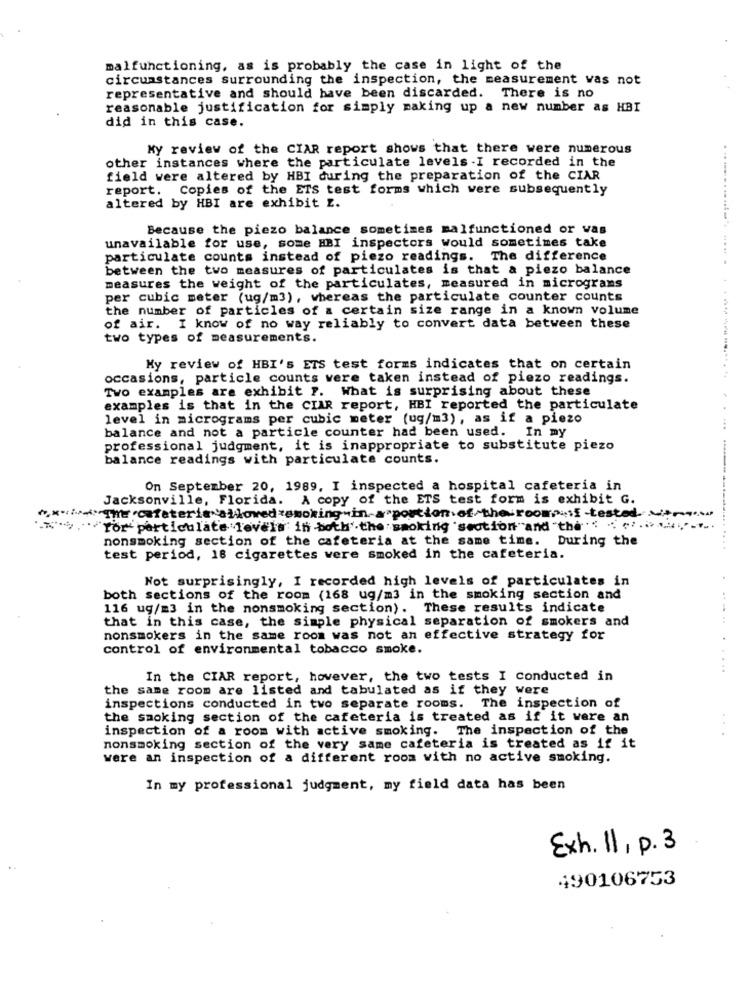
malfunctioning, as is probably the case in light of the
circumstances surrounding the inspection, the measurement vas not
representative and should have been discarded. There is no
reasonable justification for simply making up a new number as HBI
did in this case.
My review of the CIAR report shows that there were numerous
other instances where the particulate levels .I recorded in the
field were altered by HBI during the preparation of the CIAR
report. Copies of the ETS test forms which were subsequently
altered by HBI are exhibit z.
Because the piezo balance sometimes malfunctioned or vas
unavailable for use, some HBI inspectors would sometimes take
particulate counts instead of piezo readings. The difference
between the two measures of particulates is that a piezo balance
measures the weight of the particulates, measured in micrograms
per cubic meter (ug/m3), whereas the particulate counter counts
the number of particles of a certain size range in a known volume
of air. I know of no way reliably to convert data between these
two types of measurements.
My review of HBI's ETS test forms indicates that on certain
occasions, particle counts were taken instead of piezo readings.
Two examples are exhibit ?. What is surprising about these
examples is that in the CIAR report, HBI reported the particulate
level in micrograms per cubic meter (ug/=3), as if a piezo
balance and not a particle counter had been used. In my
.....
professional judgment, it is inappropriate to substitute piezo
balance readings with particulate counts.
On September 20, 1989, I inspected a hospital cafeteria in
Jacksonville, Florida. A copy of the ETS test form is exhibit G.
","qcafeteria"allowed*smoking ina"portion.of-the-room>.sf-tested
" .. . "for"particulate levels in both'.the smoking "section "and "the""" ". ........
nonsmoking section of the cafeteria at the same time.
During the
test period, 18 cigarettes were smoked in the cafeteria.
Not surprisingly, I recorded high levels of particulates in
both sections of the room (168 ug/m3 in the smoking section and
116 ug/m3 in the nonsmoking section). These results indicate
that in this case, the simple physical separation of smokers and
nonsmokers in the same room was not an effective strategy for
control of environmental tobacco smoke.
..........
In the CIAR report, however, the two tests I conducted in
the same room are listed and tabulated as if they were
inspections conducted in two separate rooms. The inspection of
the smoking section of the cafeteria is treated as if it were an
inspection of a room with active smoking. The inspection of the
...
nonsmoking section of the very same cafeteria is treated as if it
were an inspection of a different room with no active smoking.
In my professional judgment, my field data has been
Exh. 11, p. 3
490106753